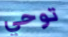
توحي